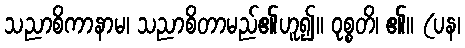
သညာစိကာနာမ၊ သညာစိတာမည်၏ဟူ၍။ ဝုစ္စတိ၊ ၏။ (ပန၊